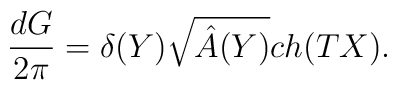
{d G \over 2 \pi} = \delta (Y) \sqrt{\hat{A}(Y)} ch(TX).